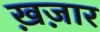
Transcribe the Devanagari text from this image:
ख़ज़ार